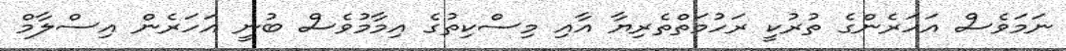
ނަމަވެސް އަހަރެންގެ ތުރުކީ ރަހުމަތްތެރިޔާ އާއި މިސްކިތުގެ އިމާމުވެސް ބުނީ އަހަރެން އިސްލާމް